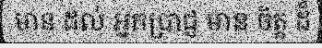
មាន ដល់ អ្នកប្រាជ្ញ មាន ចិត្ត ដ៏